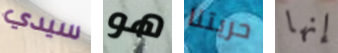
سيدي هو حريتنا إنها